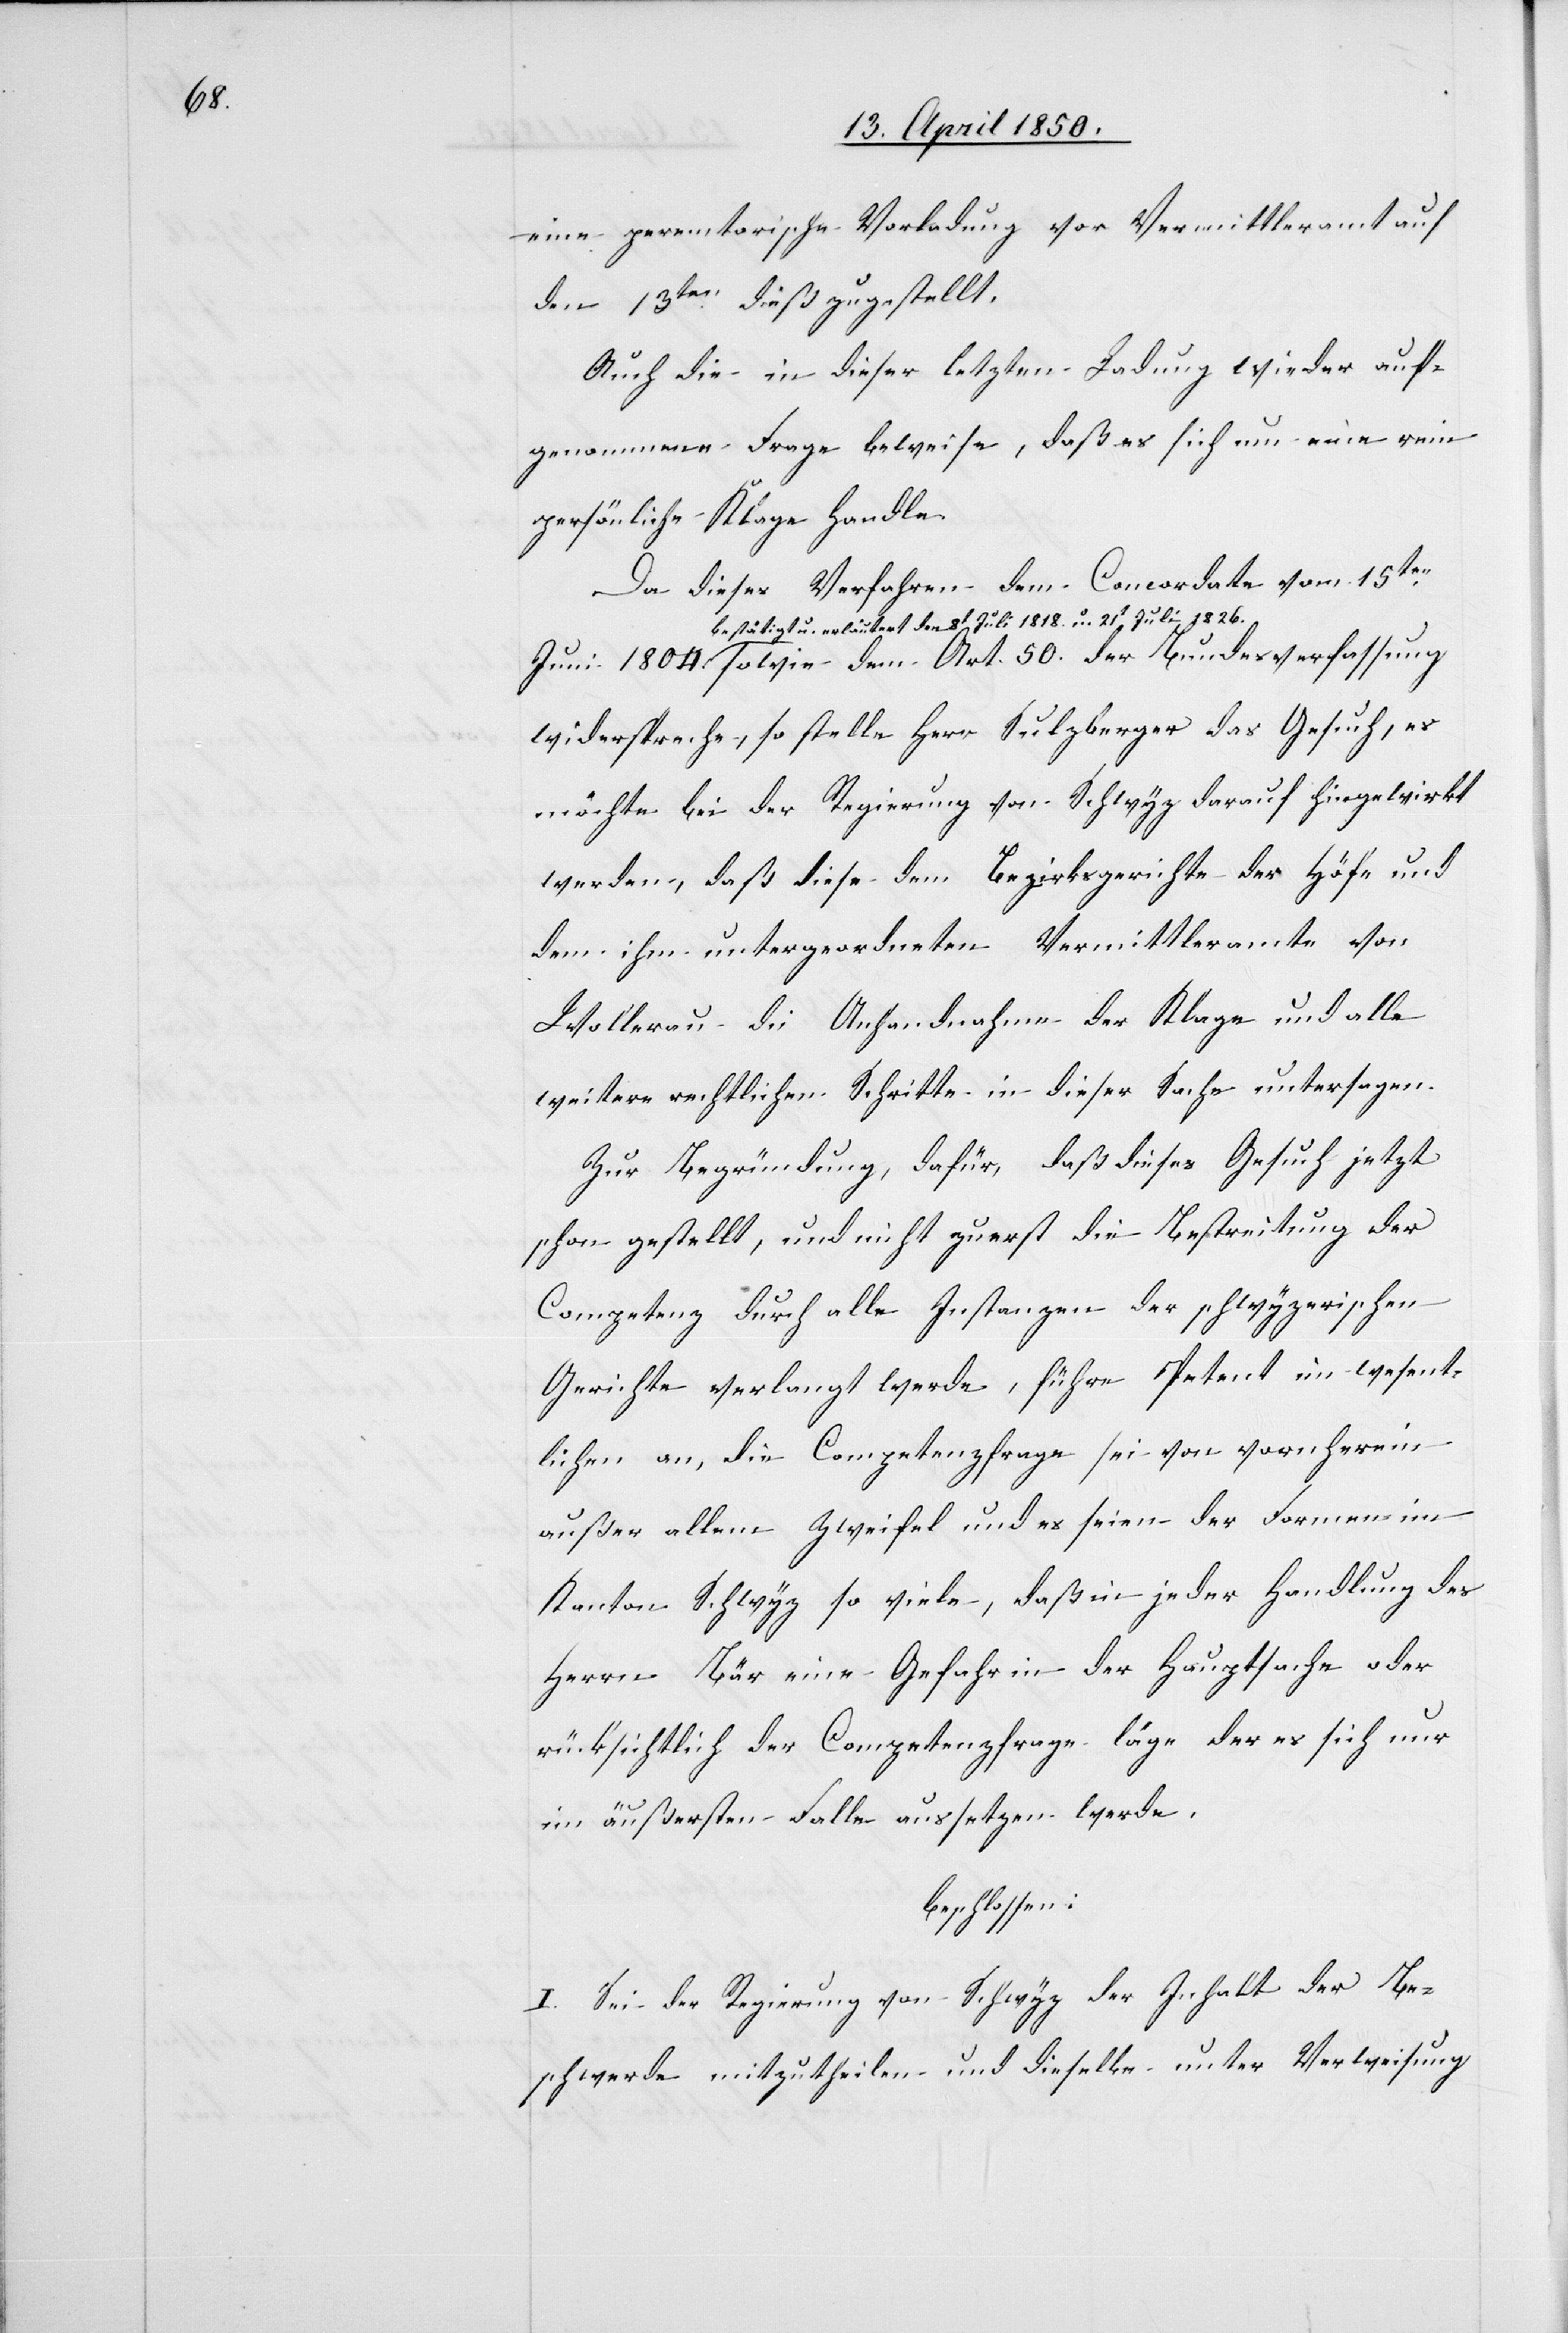
50.

eine peremtorische Vorladung vor Vermittleramt auf
den 13ten dieß zugestellt.
Auch die in dieser letztern Ladung wieder auf¬
genommene Frage beweise, daß es sich um eine rein
persönliche Klage handle.
Da dieses Verfahren dem Concordate vom 15ten
bestätigt u. erläutert den 8t Juli 1818. u. 21t Juli 1826.
widerspreche, so stelle Herr Sulzberger das Gesuch, es
möchte bei der Regierung von Schwyz darauf hingewirkt
werden, daß diese dem Bezirksgerichte der Höfe und
dem ihm untergeordneten Vermittleramte von
Wollerau die Anhandnahme der Klage und alle
weitere rechtlichen Schritte in dieser Sache untersagen.
Zur Begründung, dafür, daß dieses Gesuch jetzt
schon gestellt, und nicht zuerst die Bestreitung der
Competenz durch alle Instanzen der schwyzerischen
Gerichte verlangt werde, führe Petent im wesent¬
lichen an, die Competenzfrage sei von vornherein
außer allem Zweifel und es seien der Formen im
Kanton Schwyz so viele, daß in jeder Handlung des
Herrn Bär eine Gefahr in der Hauptsache oder
rücksichtlich der Competenzfrage läge der es [recte: er]
im äußersten Falle aussetzen werde,
beschlossen:
I. Sei der Regierung von Schwyz der Inhalt der Be¬
schwerde mitzutheilen und dieselbe unter Verweisung